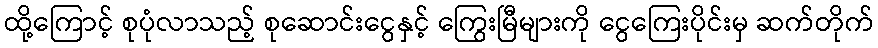
ထို့ကြောင့် စုပုံလာသည့် စုဆောင်းငွေနှင့် ကြွေးမြီများကို ငွေကြေးပိုင်းမှ ဆက်တိုက်